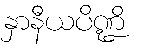
နှာနီယပိဏ္ဍိ